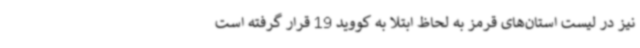
نیز در لیست استان‌های قرمز به لحاظ ابتلا به کووید 19 قرار گرفته است